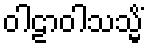
ဝါဠာဝါသသ္မိံ